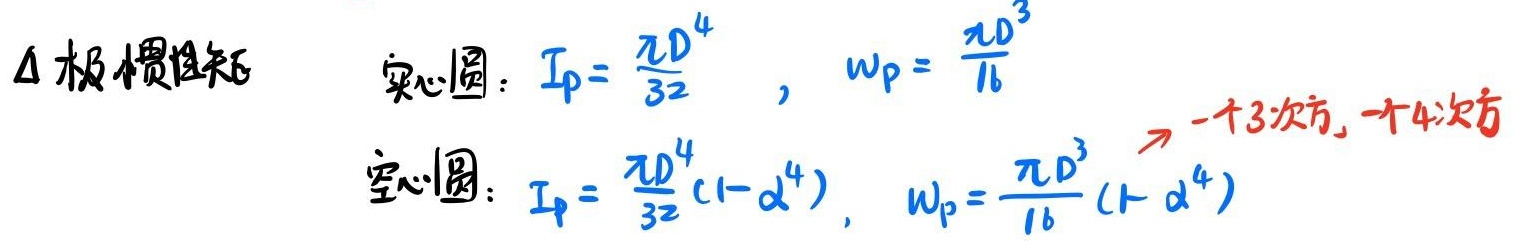
\(\Delta\) 极惯性矩
实心圆：\(I_{p}=\frac{\pi D^{4}}{32}\)，\(W_{p}=\frac{\pi D^{3}}{16}\)
空心圆：\(I_{p}=\frac{\pi D^{4}}{32}(1 - \alpha^{4})\)，\(W_{p}=\frac{\pi D^{3}}{16}(1 - \alpha^{4})\)
\(\rightarrow\) 一个3次方，一个4次方